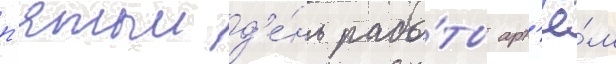
п'ятыи д'е́нь рабо́ты арт'ё́м